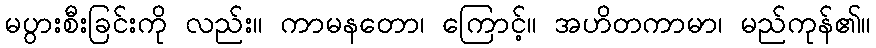
မပွားစီးခြင်းကို လည်း။ ကာမနတော၊ ကြောင့်။ အဟိတကာမာ၊ မည်ကုန်၏။